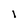
Character: 1